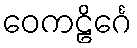
ဝေကဠိင်္ဂေ